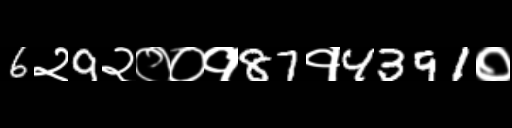
Text: 6२9२००१87१4391०